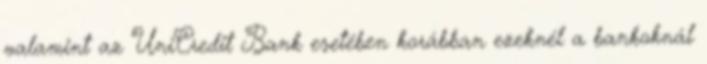
valamint az UniCredit Bank esetében korábban ezeknél a bankoknál